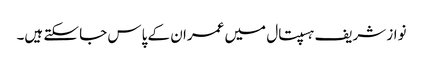
نواز شریف ہسپتال میں عمران کے پاس جا سکتے ہیں۔